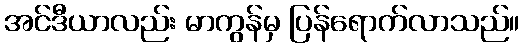
အင်ဒီယာလည်း မာကွန်မှ ပြန်ရောက်လာသည်။